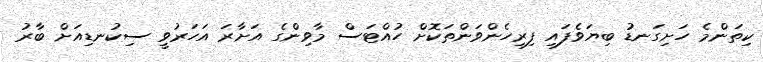
ކިތަންމެ ހަށިގަނޑު ބިޔަވެފައި ފިރިހެންވަންތަކޮށް ހުއްޓަސް މާވިންގެ އަށާރަ އަހަރުވީ ސިކުނޑިއަށް ބާރު